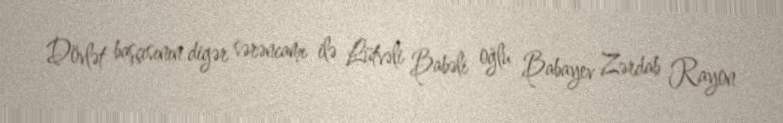
Dövlət başçısının digər sərəncamı ilə Lütvəli Babəli oğlu Babayev Zərdab Rayon